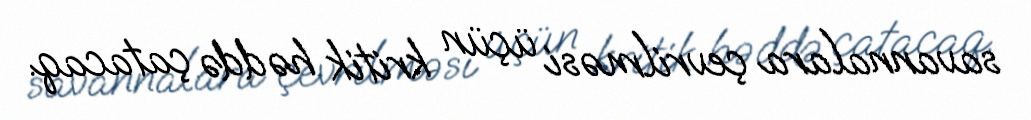
savannalara çevrilməsi üçün kritik həddə çatacaq.